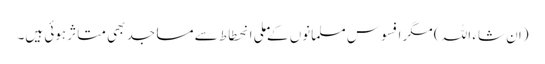
(ان شاء اللہ ) مگر افسوس مسلمانوں کےملی انحطاط سے مساجد بھی متاثر ہوئی ہیں۔